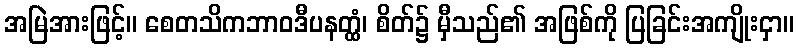
အမြဲအားဖြင့်။ စေတသိကဘာဝဒီပနတ္ထံ၊ စိတ်၌ မှီသည်၏ အဖြစ်ကို ပြခြင်းအကျိုးငှာ။